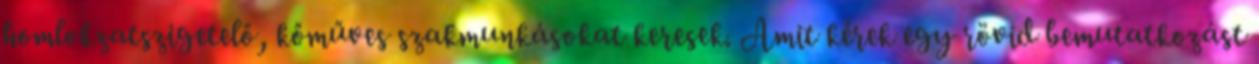
homlokzatszigetelő, kőműves szakmunkásokat keresek. Amit kérek egy rövid bemutatkozást